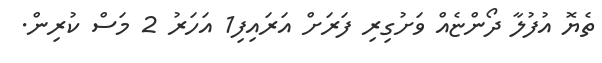
ތެޔޮ އުފުލާ ދޯންޏެއް ވަށުގިރި ފަރަށް އަރައިފި1 އަހަރު 2 މަސް ކުރިން.